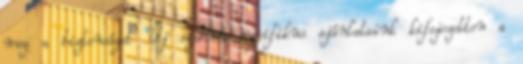
meg a biztonságot Új szakma specifikus ajánlataink kifejezetten a